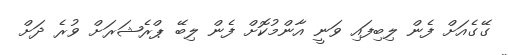
ގޭގެއަށް ފެން ލިބިފައި ވަނީ އާންމުކޮށް ފެން ލިބޭ ޕްރެޝަރަށް ވުރެ ދަށް